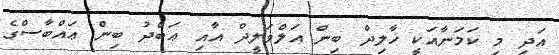
އަދި މި ކަމަނާއަކީ ޚާލިދް ބިން އަލްވަލީދް އާއި ޢަބްދު ބިން ޢައްބާސްގެ